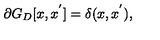
\partial G _ { D } [ x , x ^ { ' } ] = \delta ( x , x ^ { ' } ) ,